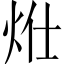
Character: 𤇧